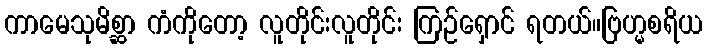
ကာမေသုမိစ္ဆာ ကံကိုတော့ လူတိုင်းလူတိုင်း ကြဉ်ရှောင် ရတယ်။ဗြဟ္မစရိယ